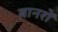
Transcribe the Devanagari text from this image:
बानरों